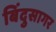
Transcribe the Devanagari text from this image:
बिंदुसागर